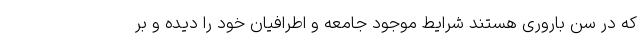
که در سن باروری هستند شرایط موجود جامعه و اطرافیان خود را دیده و بر